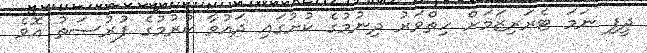
ދީފި ނަމަ ޓެރަރިޒަމަށް ހިތްވަރު ދިނުމުގެ ކުށުގައި ދައުވާ ކުރުމުގެ ފުރުސަތު އޮވެ